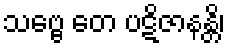
သဗ္ဗေ တေ ပဋိဇာနန္တိ၊